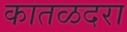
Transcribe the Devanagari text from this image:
कातळदरा